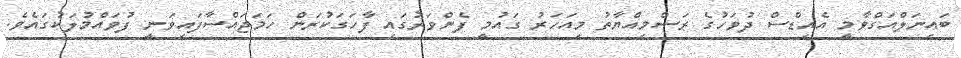
ބައިނަލްއަގްވާމީ އެއިޑްސް ދުވަހުގެ ރަސްމިއްޔާތު މިއަހަރު ގައުމީ ފެންވަރުގައި ފާހަގަކުރަން ހަމަޖައްސާފައިވަނީ ފުވައްމުލަކުގައެވެ.